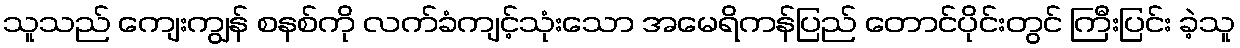
သူသည် ကျေးကျွန် စနစ်ကို လက်ခံကျင့်သုံးသော အမေရိကန်ပြည် တောင်ပိုင်းတွင် ကြီးပြင်း ခဲ့သူ